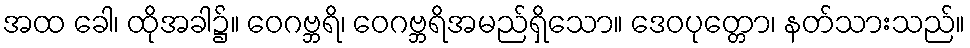
အထ ခေါ၊ ထိုအခါ၌။ ဝေဂဗ္ဘရိ၊ ဝေဂဗ္ဘရိအမည်ရှိသော။ ဒေဝပုတ္တော၊ နတ်သားသည်။